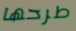
طرحها